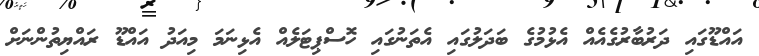
އައްޑޫގައި ދަރުބާރުގެއެއް އެޅުމުގެ ބަދަލުގައި އެތަނުގައި ހޮސްޕިޓަލެއް އެޅިނަމަ މިއަދު އައްޑޫ ރައްޔިތުންނަށް